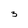
Character: 3